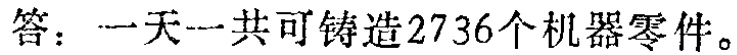
答：一天一共可铸造2736个机器零件。